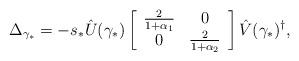
LaTeX: \begin{align*}\Delta _{{\gamma_*}} = - s_*\hat{U}({\gamma_*} )\left[{\begin{array}{*{20}c} {\frac{2}{{1 + \alpha _1 }}} & 0 \\ 0 & {\frac{2}{{1 + \alpha _2 }}} \\\end{array}} \right]\hat{V}({\gamma_*} )^\dag,\end{align*}